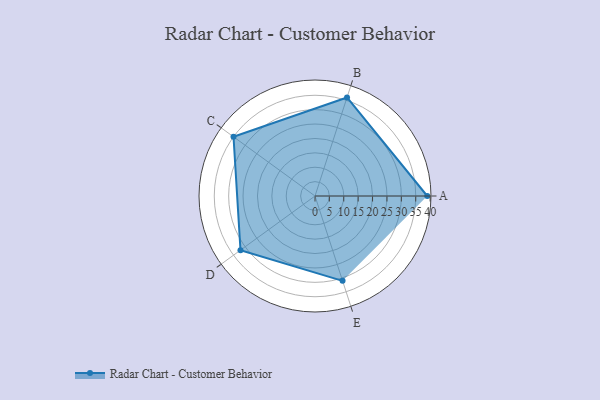
{"axis": {"x": "Skill", "y": "Score"}, "legend": ["Profile"], "data": [{"x": "A", "y": 39.0, "type": "Profile"}, {"x": "B", "y": 36.0, "type": "Profile"}, {"x": "C", "y": 35.0, "type": "Profile"}, {"x": "D", "y": 32.0, "type": "Profile"}, {"x": "E", "y": 31.0, "type": "Profile"}]}